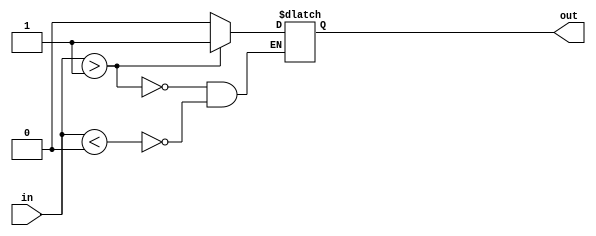
module schmitt_trigger(
  input wire in,
  output reg out
);

// Parameters
parameter UPPER_THRESHOLD = 1'b1; // Upper threshold voltage
parameter LOWER_THRESHOLD = 1'b0; // Lower threshold voltage

// State machine
always @(in) begin
  if(in > UPPER_THRESHOLD)
    out <= 1'b1; // Output high
  else if(in < LOWER_THRESHOLD)
    out <= 1'b0; // Output low
end

endmodule